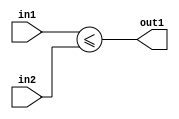
`timescale 1ps / 1ps
/*****************************************************************************
    Verilog RTL Description
    
    
    Created by: Stratus DpOpt 2019.1.01 
*******************************************************************************/

module dut_GreaterThanEQ_32Ux32U_1U_0 (
	in2,
	in1,
	out1
	); /* architecture "behavioural" */ 
input [31:0] in2,
	in1;
output  out1;
wire  asc001;

assign asc001 = (in1<=in2);

assign out1 = asc001;
endmodule

/* CADENCE  urf4TQo= : u9/ySgnWtBlWxVPRXgAZ4Og= ** DO NOT EDIT THIS LINE ******/